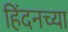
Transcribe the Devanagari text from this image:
हिंदनच्या